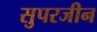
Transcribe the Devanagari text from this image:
सुपरजीन